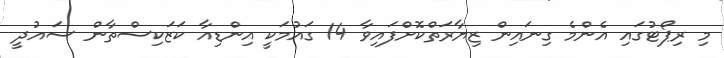
މި ރިޕޯޓުގައި އެންމެ ގިނައިން ޒިޔާރަތްކޮށްފައިވާ 14 ގައުމަކީ އިންޑިއާ ކަޒަކިސްތާން ސައުދީ